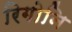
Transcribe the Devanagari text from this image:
रिगोनि